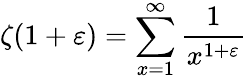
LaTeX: \zeta(1+\varepsilon)=\sum_{x=1}^{\infty}{\frac{1}{x^{1+\varepsilon}}}